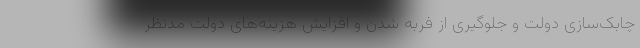
چابک‌سازی دولت و جلوگیری از فربه شدن و افزایش هزینه‌های دولت مدنظر